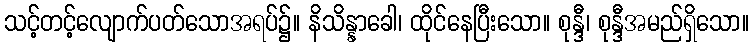
သင့်တင့်လျောက်ပတ်သောအရပ်၌။ နိသိန္နာခေါ၊ ထိုင်နေပြီးသော။ စုန္ဒီ၊ စုန္ဒီအမည်ရှိသော။